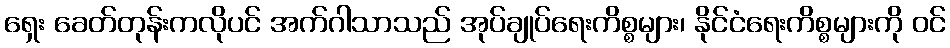
ရှေး ခေတ်တုန်းကလိုပင် အက်ဂါသာသည် အုပ်ချုပ်ရေးကိစ္စများ၊ နိုင်ငံရေးကိစ္စများကို ဝင်